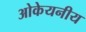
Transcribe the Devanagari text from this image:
ओकेयनीय